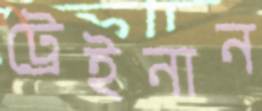
ট্রেইনান